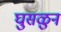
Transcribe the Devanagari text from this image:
घुसळुन